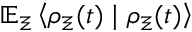
\mathbb { E } _ { \Xi } \left\langle \rho _ { \Xi } ( t ) \mid \rho _ { \Xi } ( t ) \right\rangle